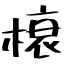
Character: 榱